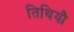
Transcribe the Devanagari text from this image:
तिथियौ